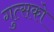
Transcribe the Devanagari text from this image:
गुत्सको